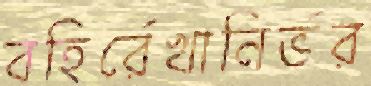
বহির্রেখানির্ভর